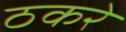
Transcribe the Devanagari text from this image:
ठकरे